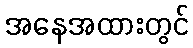
အနေအထားတွင်